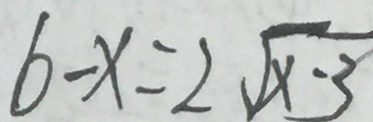
6 - x = 2 \sqrt { x - 3 }